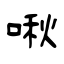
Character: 啾